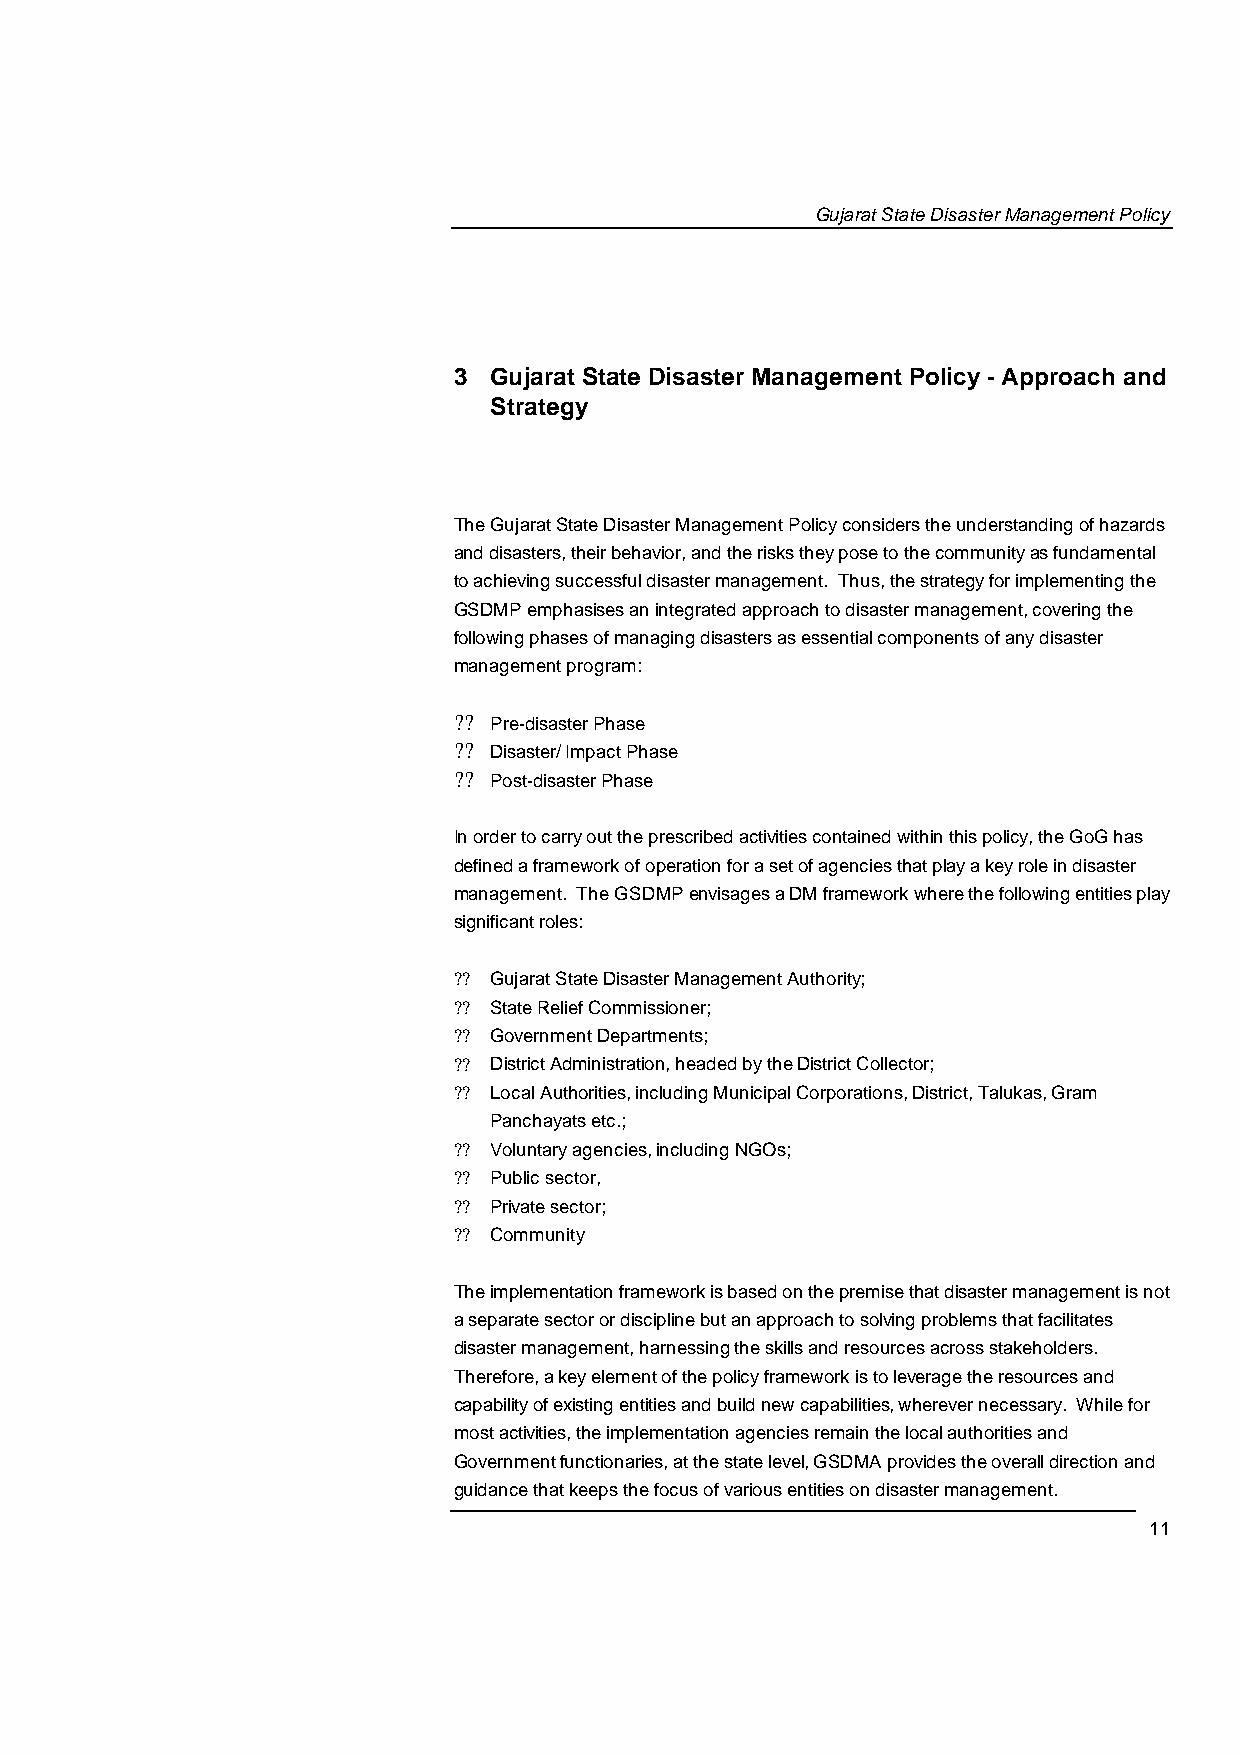
Gujarat State Disaster Management Policy
 3 Gujarat State Disaster Management Policy - Approach and
 Strategy
 The Gujarat State Disaster Management Policyc onsiders the understanding of hazards
 and disasters, their behavior, and the risks they pose to thec ommunity as fundamental
 to achieving successful disaster management. Thus, the strategy for implementing the
 GSDMP emphasises an integrated approach to disaster managemen,t covering the
 following phases of managing disasters as essential components of any disaster
 management program:
 ??
 Pre-disaster Phase
 ??
 Disaster/ Impact Phase
 ??
 Post-disaster Phase
 In order to carry out the prescribed activities contained within this policy, theG oG has
 defined a framework of operation for a set of agencies that play a key role in disaster
 management. The GSDMP envisages a DM framework where the following entities play
 significant roles:
 ?? Gujarat State Disaster Management Authority;
 ?? State Relief Commissioner;
 ?? Government Departments;
 ?? District Administration, headed by the District Collector;
 ?? Local Authorities, including Municipal Corporations, District, Talukas, Gram
 Panchayats etc.;
 ?? Voluntary agencies, including NGOs;
 ?? Public sector,
 ?? Private sector;
 ?? Community
 The implementation framework is based on the premise that disaster management is not
 a separate sector or discipline but an approach to solving problems that facilitates
 disaster management, harnessing the skills and resources across stakeholders.
 Therefore, a key element of the policy framework is to leverage the resources and
 capability of existing entities and build new capabilitie,s wherever necessary. While for
 most activities, the mi plementation agencies remain the local authorities and
 Government functionaries, at the state leve,l GSDMA provides the overall direction and
 guidance that keeps the focus of various entities on disaster management.
 11